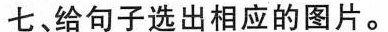
七、给句子选出相应的图片。